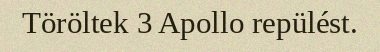
Töröltek 3 Apollo repülést.